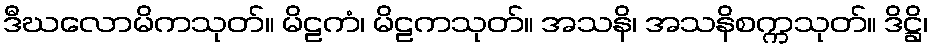
ဒီဃလောမိကသုတ်။ မိဠကံ၊ မိဠကသုတ်။ အသနိ၊ အသနိစက္ကသုတ်။ ဒိဋ္ဌိ၊